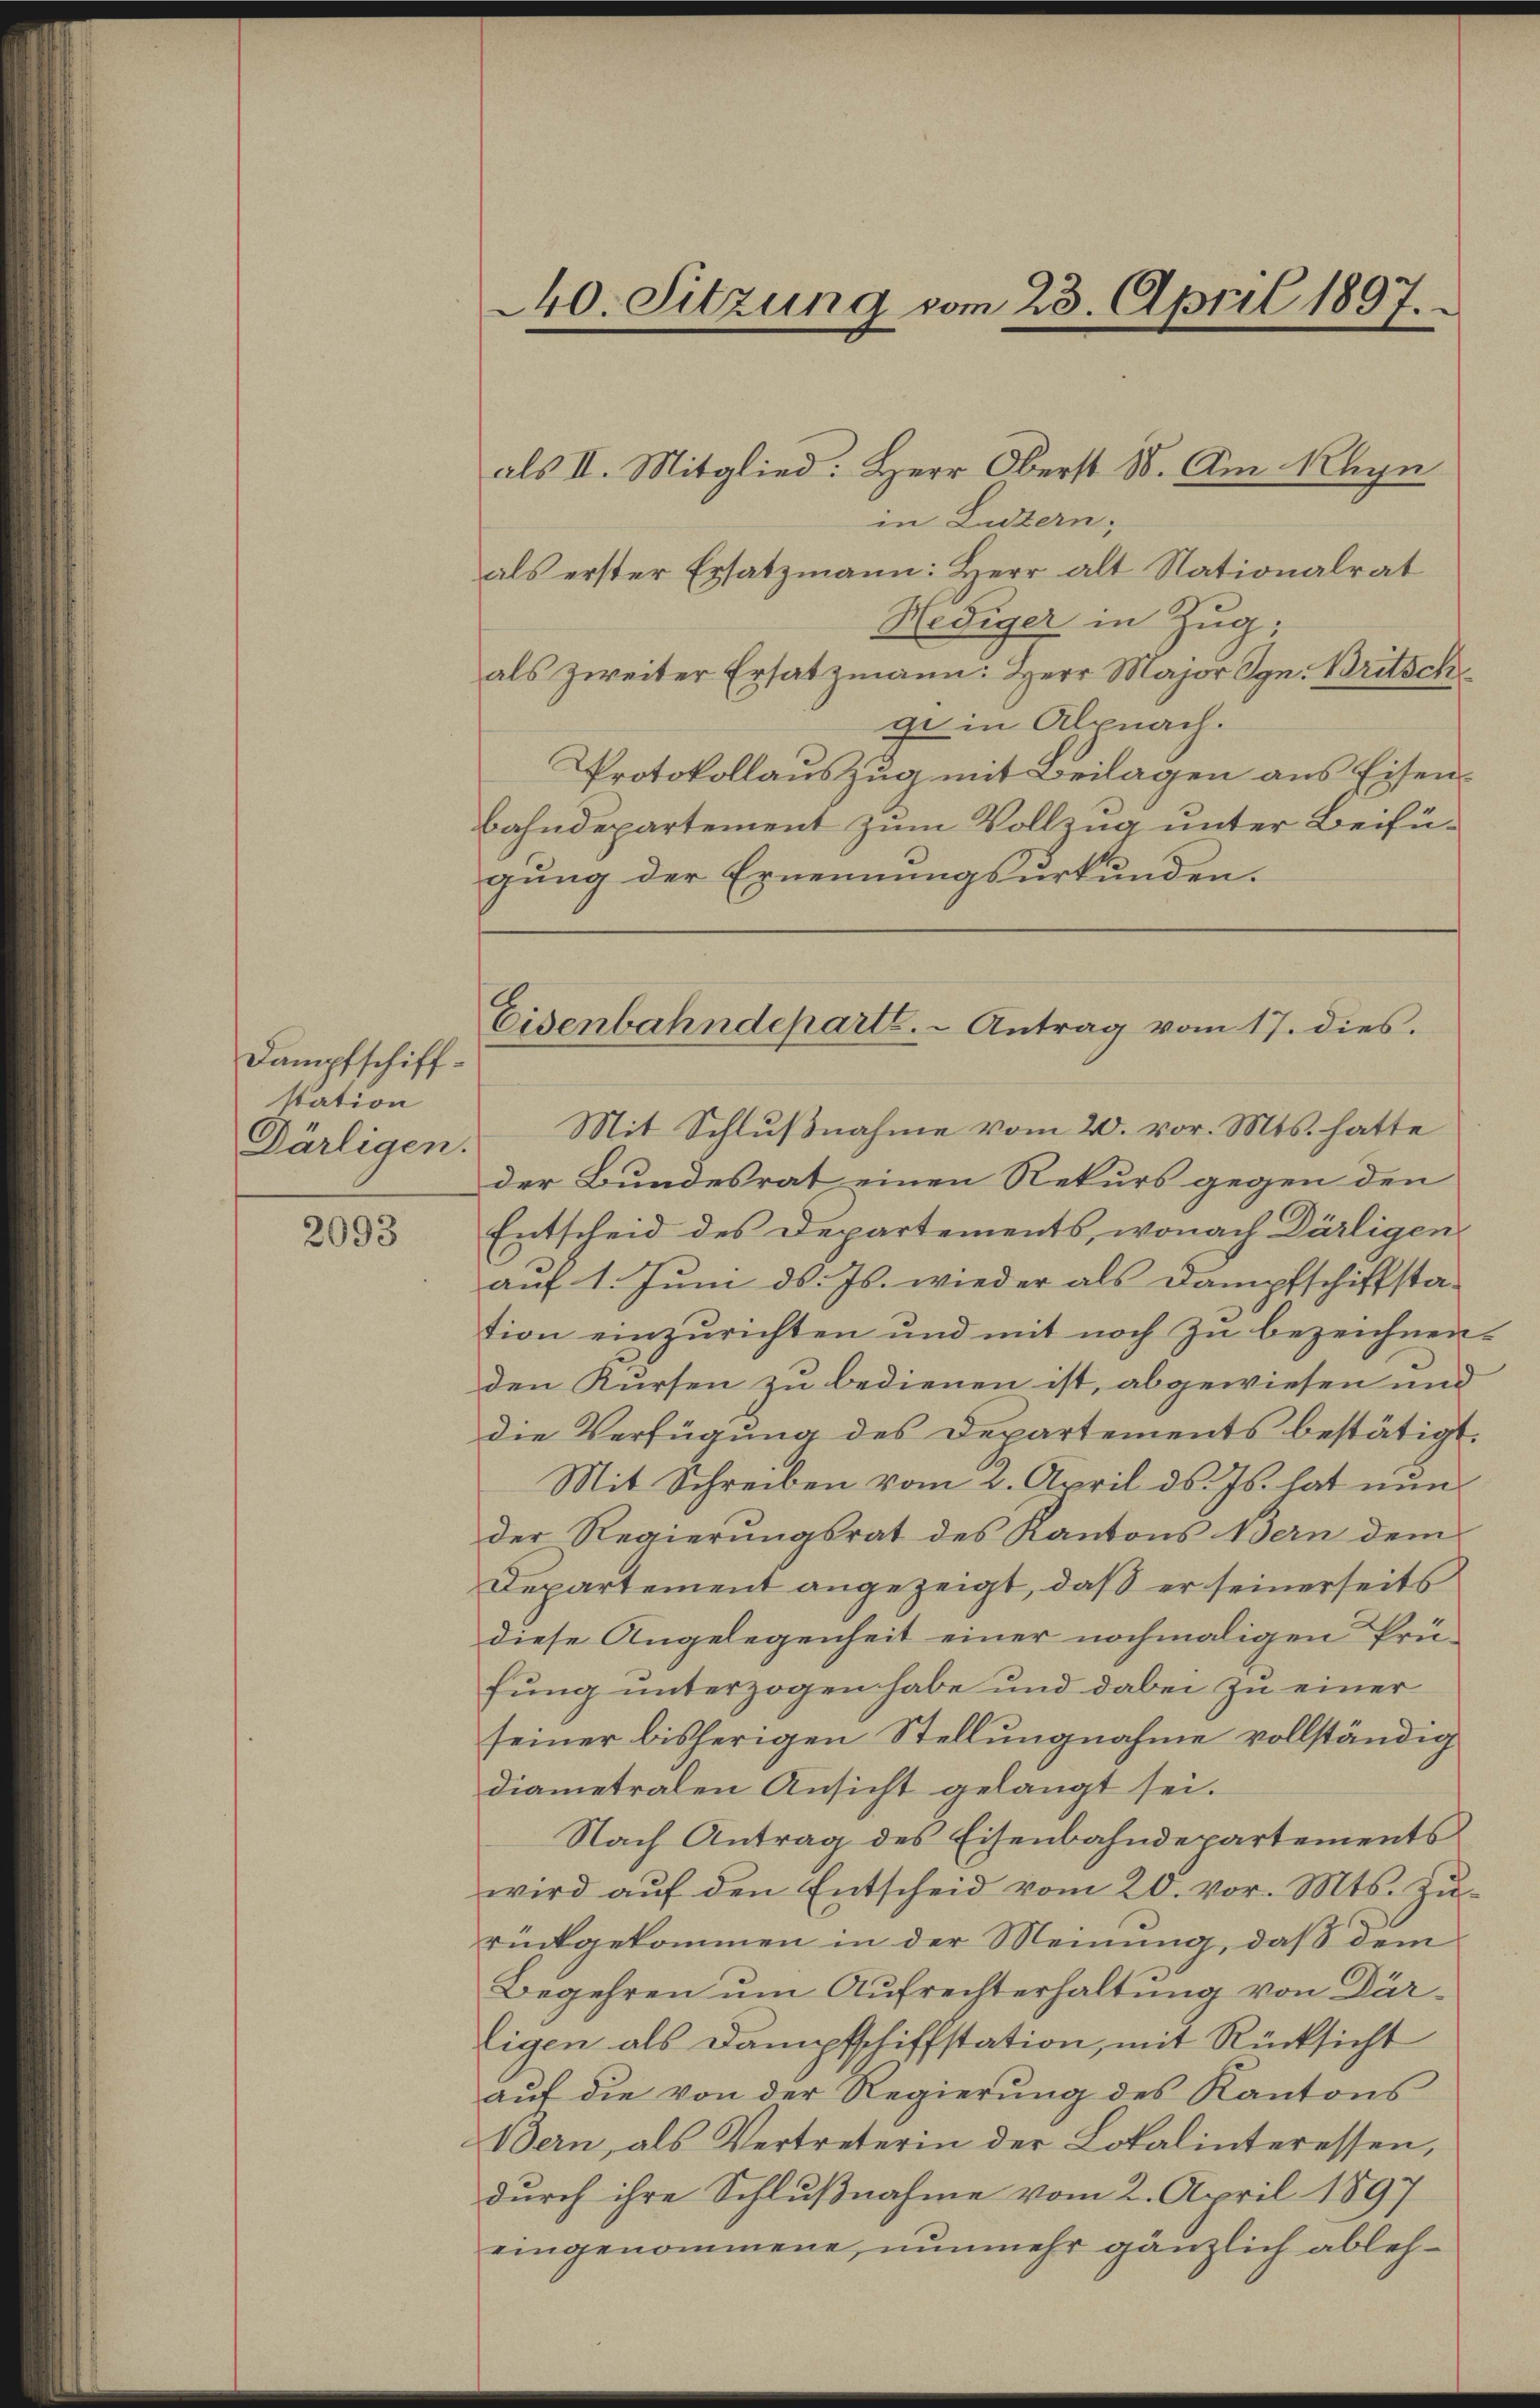
Dampfschiffstation
Därligen.

2093

40. Sitzung vom 23. April 1897.

als II. Mitglied. Herr Oberst 8. Am Schyn
in Luzern,
als erster Ersatzmann: Herr alt Nationalrat
Hediger in Zug;
als zweiter Ersatzmann: Herr Major Ign. Britsch
ge in Alpnach.
Protokollauszug mit Beilagen aus Eisenbahndepartement zum Vollzug unter Beifügung der Ernennungsurkunden.
Mit Schlußnahme vom 20. vor. Mts. hatte
der Bundesrat einen Rekurs gegen den
Entscheid des Departements, wonach Dürligen
auf 1. Juni d. Js. wieder als Dampfschiffsta-
tion einzurichten und mit noch zu bezeichnen.
den Kursen zu bedienen ist, abgewiesen und
die Verfügung des Departements bestätigt.
Mit Schreiben vom 2. April ds. Js. hat nunder Regierungsrat des Kantons Bern dem
Departement angezeigt, daß er seinerseits
diese Angelegenheit einer nochmaligen Prüfung unterzogen habe und dabei zu einer
seiner bisherigen Stellungnahme vollständig
diametralen Ansicht gelangt sei.
Nach Antrag des Eisenbahndepartements
wird aŭf den Entscheid vom 20. vor. Mts. Zŭ-
rückgekommen in der Meinung, daß dem
Begehren um Aufrechterhaltung von Dar-
Eigen als Dampfschiffstation, mit Rücksicht
aŭf die von der Regierung des Kantons
Bern, als Vertreterin der Lokalinteressen,
durch ihre Schlußnahme vom 2. April 1897
eingenommene, nunmehr gänzlich ableh¬

Eisenbahndeparte. - Antrag vom 17. dies.